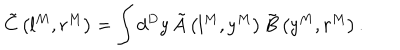
LaTeX: \tilde { C } \left( l ^ { M } , r ^ { M } \right) = \int d ^ { D } y \, \tilde { A } \left( l ^ { M } , y ^ { M } \right) \tilde { B } \left( y ^ { M } , r ^ { M } \right) .